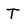
Character: T